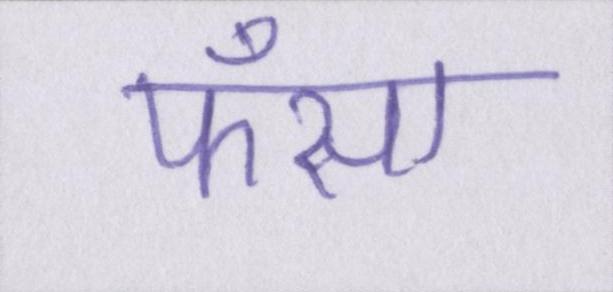
फँसा